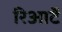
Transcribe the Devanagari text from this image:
रिआर्टे